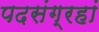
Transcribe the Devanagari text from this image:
पदसंग्रहां